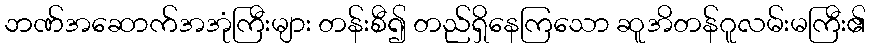
ဘဏ်အဆောက်အအုံကြီးများ တန်းစီ၍ တည်ရှိနေကြသော ဆူအိတန်ဂူလမ်းမကြီး၏